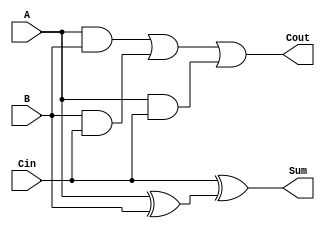
//Objective:
//Implement a full adder
`timescale 1ns / 1ps
module Lab2Part3(A,B,Cin,Sum, Cout);//Declares variables

input A, B, Cin;//Defines inputs
output Sum, Cout;//Defines outputs

assign Sum = Cin ^(A ^ B);
assign Cout = (A & B) | (B & Cin) | (A & Cin);
endmodule